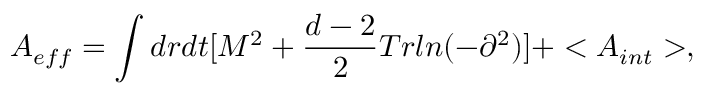
A _ { e f f } = \int d r d t [ M ^ { 2 } + \frac { d - 2 } { 2 } T r l n ( - \partial ^ { 2 } ) ] + < A _ { i n t } > ,